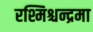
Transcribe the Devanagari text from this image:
रश्मिश्चन्द्रमा